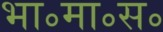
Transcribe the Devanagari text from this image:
भा॰मा॰स॰